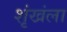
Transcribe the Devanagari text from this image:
शृंखंला